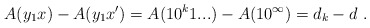
\begin{align*}A(y_1x) - A(y_1x') = A(10^k1...) - A(10^\infty) = d_k - d \ .\end{align*}